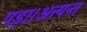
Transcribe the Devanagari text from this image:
पड़ा।अत्यन्त